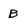
Character: B